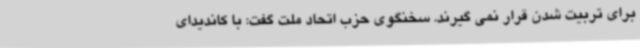
برای تربیت شدن قرار نمی گیرند. سخنگوی حزب اتحاد ملت گفت: با کاندیدای